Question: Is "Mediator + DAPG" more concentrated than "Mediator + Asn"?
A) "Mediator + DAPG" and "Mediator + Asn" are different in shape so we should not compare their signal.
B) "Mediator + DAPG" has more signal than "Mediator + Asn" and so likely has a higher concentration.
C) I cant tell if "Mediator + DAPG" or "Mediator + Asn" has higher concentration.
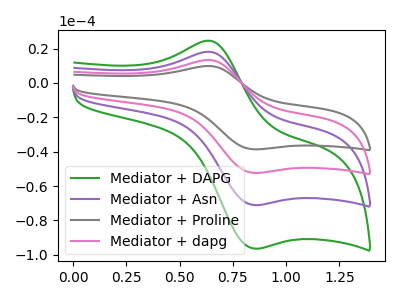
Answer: <think>The green curve "Mediator + DAPG" has an anodic peak at (0.65V, 24.55uA) and a cathodic peak at (0.85V, -96.30uA). The purple curve "Mediator + Asn" has an anodic peak at (0.65V, 18.10uA) and a cathodic peak at (0.85V, -71.00uA). The gray curve "Mediator + Proline" has an anodic peak at (0.65V, 54.30uA) and a cathodic peak at (0.85V, -213.05uA). The pink curve "Mediator + dapg" has an anodic peak at (0.65V, 36.20uA) and a cathodic peak at (0.85V, -142.00uA).
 All the peaks in "Mediator + DAPG" have a peak in "Mediator + Asn" at the same potential. Every peak in "Mediator + DAPG" is higher than every peak in "Mediator + Asn".</think>
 <answer>B) "Mediator + DAPG" has more signal than "Mediator + Asn" and so likely has a higher concentration.</answer>
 <eval>B</eval>